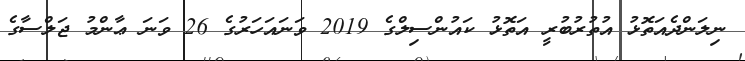
ނިލަންދެއަތޮޅު އުތުރުބުރީ އަތޮޅު ކައުންސިލްގެ 2019 ވަނައަހަރުގެ 26 ވަނަ ޢާންމު ޖަލްސާގެ